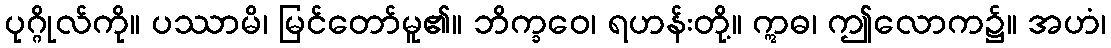
ပုဂ္ဂိုလ်ကို။ ပဿာမိ၊ မြင်တော်မူ၏။ ဘိက္ခဝေ၊ ရဟန်းတို့။ ဣဓ၊ ဤလောက၌။ အဟံ၊